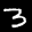
Label: 3